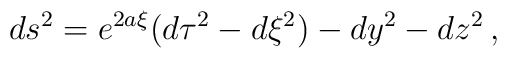
ds^2=e^{2a\xi}(d\tau^2-d\xi^2)-dy^2-dz^2\,,